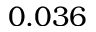
0 . 0 3 6